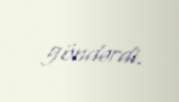
göndərdi.